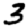
Digit: 3